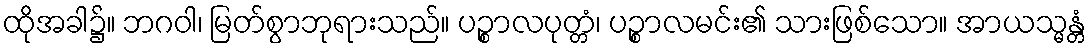
ထိုအခါ၌။ ဘဂဝါ၊ မြတ်စွာဘုရားသည်။ ပဉ္စာလပုတ္တံ၊ ပဉ္စာလမင်း၏ သားဖြစ်သော။ အာယသ္မန္တံ